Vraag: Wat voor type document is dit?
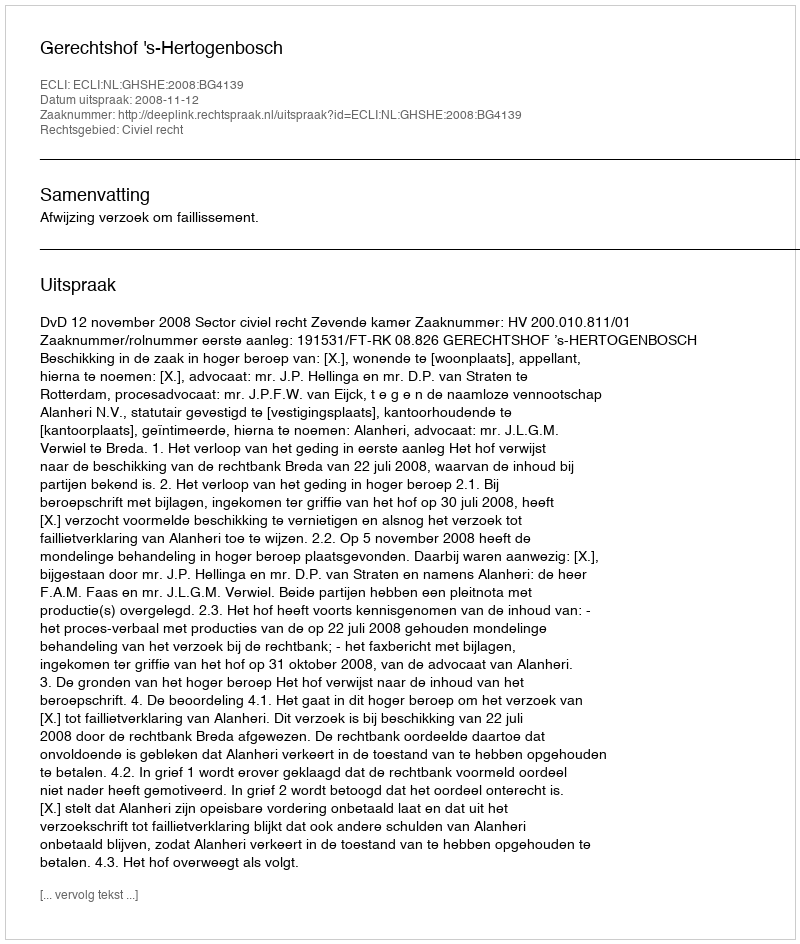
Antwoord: Uitspraak